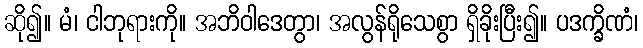
ဆို၍။ မံ၊ ငါဘုရားကို။ အဘိဝါဒေတွာ၊ အလွန်ရိုသေစွာ ရှိခိုးပြီး၍။ ပဒက္ခိဏံ၊